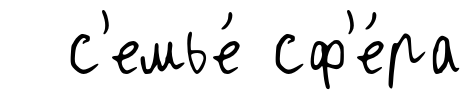
с'емье́ сф'е́ра